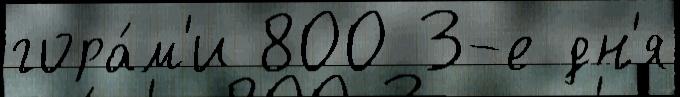
гора́м'и 800 3-е дн'я